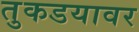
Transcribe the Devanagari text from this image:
तुकडयावर